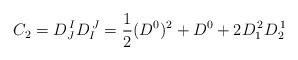
LaTeX: \begin{align*} C_2 = D^{\,I}_J D^{\,J}_I = {1\over 2}(D^0)^2 + D^0 + 2D^{\,2}_1 D^{\,1}_2\end{align*}